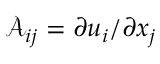
\mathcal { A } _ { i j } = \partial u _ { i } / \partial x _ { j }